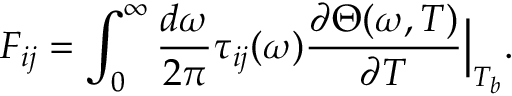
F _ { i j } = \int _ { 0 } ^ { \infty } \frac { d \omega } { 2 \pi } \tau _ { i j } ( \omega ) \frac { \partial \Theta ( \omega , T ) } { \partial T } { \Big | } _ { T _ { b } } .